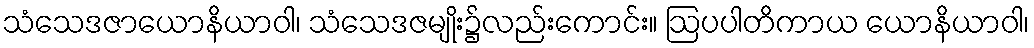
သံသေဒဇာယောနိယာဝါ၊ သံသေဒဇမျိုး၌လည်းကောင်း။ ဩပပါတိကာယ ယောနိယာဝါ၊